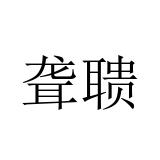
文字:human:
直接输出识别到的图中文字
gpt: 聋聩